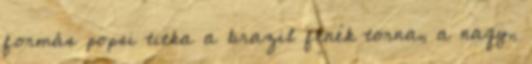
formás popsi titka a brazil fenék torna, a nagy,